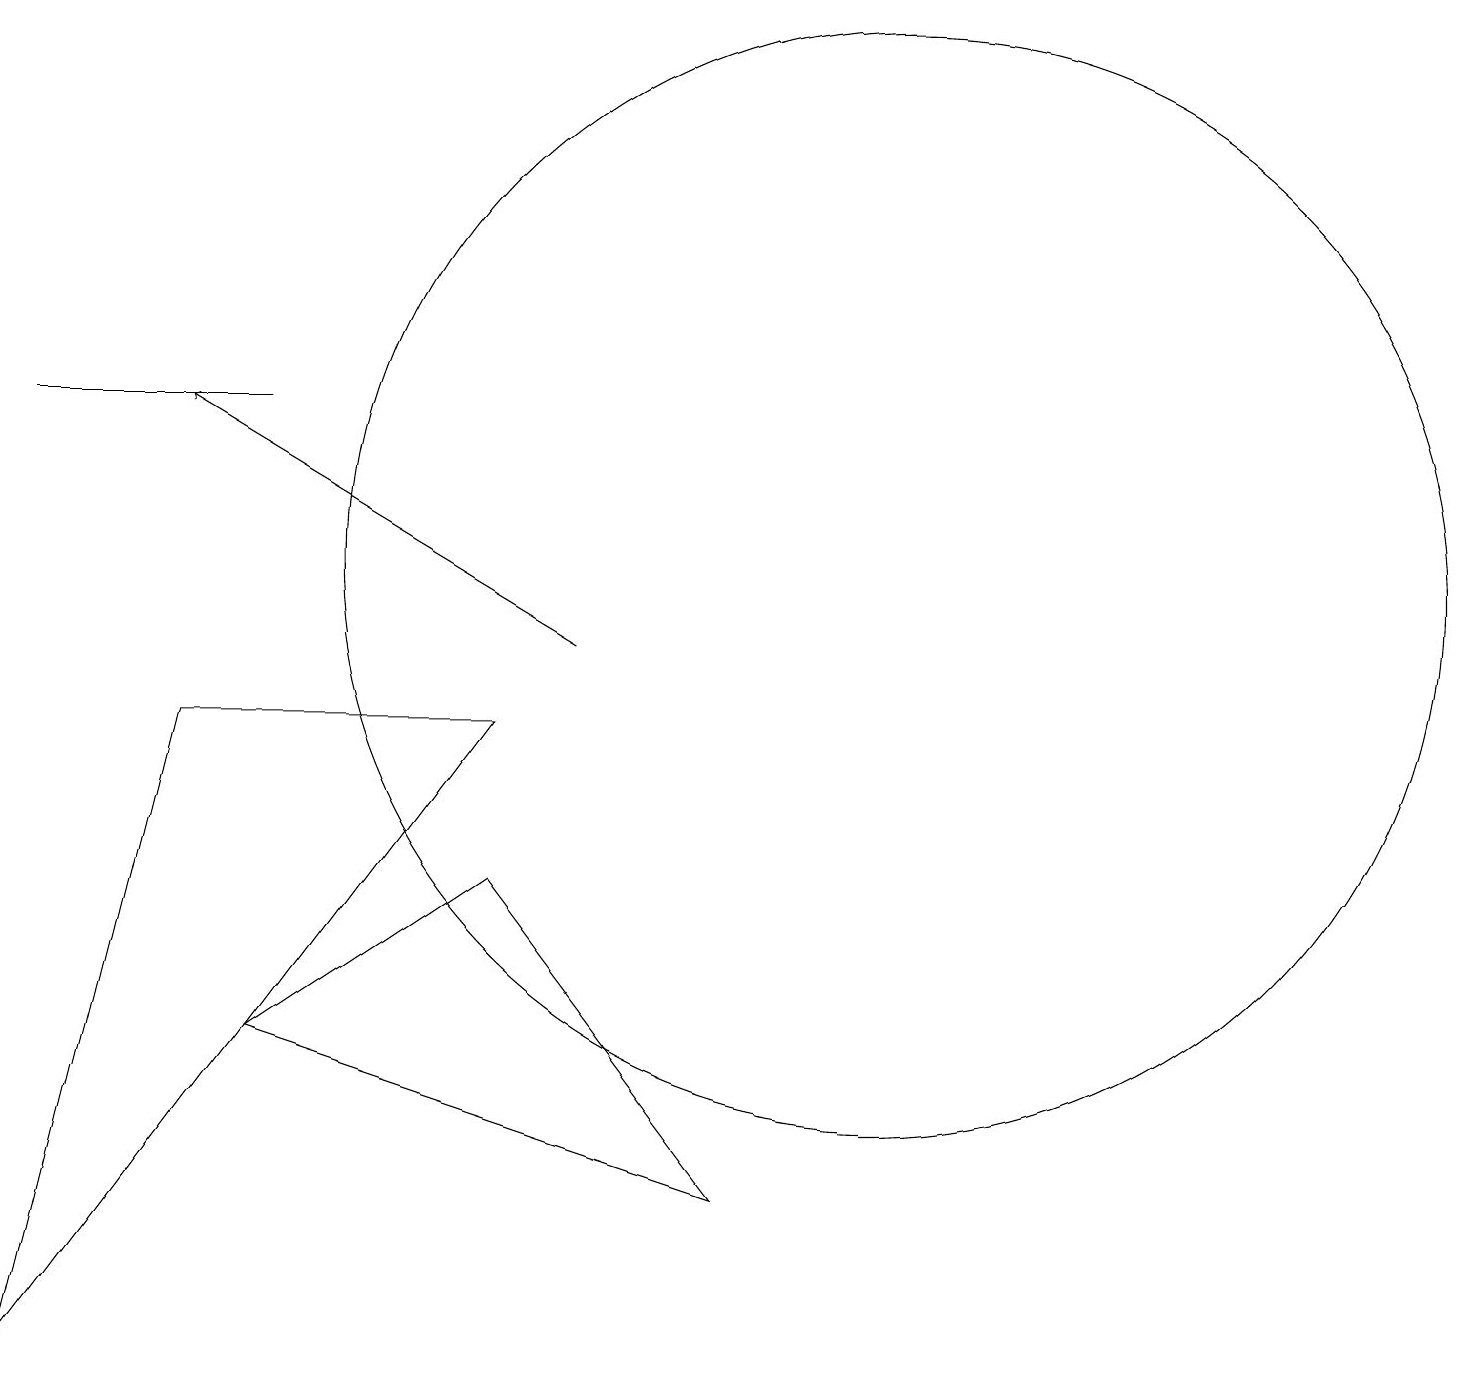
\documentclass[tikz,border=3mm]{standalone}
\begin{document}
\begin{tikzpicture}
\draw (0,13) rectangle (3,13);
\draw (2,9) -- (0,1) -- (6,9) -- cycle;
\draw (11,11) circle (7);
\draw[->] (7,10) -- (2,13);
\draw (6,7) -- (9,3) -- (3,5) -- cycle;
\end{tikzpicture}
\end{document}